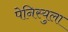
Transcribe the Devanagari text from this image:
पेनिस्युला